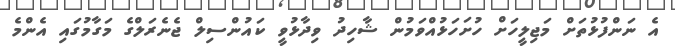
އެ ނަންފުޅުތަށް މަޖިލީހަށް ހުށަހަޅުއްވަމުން ޝާހިދު ވިދާޅުވީ ކައުންސިލް ޖެނެރަލްގެ މަގާމުގައި އެންމެ